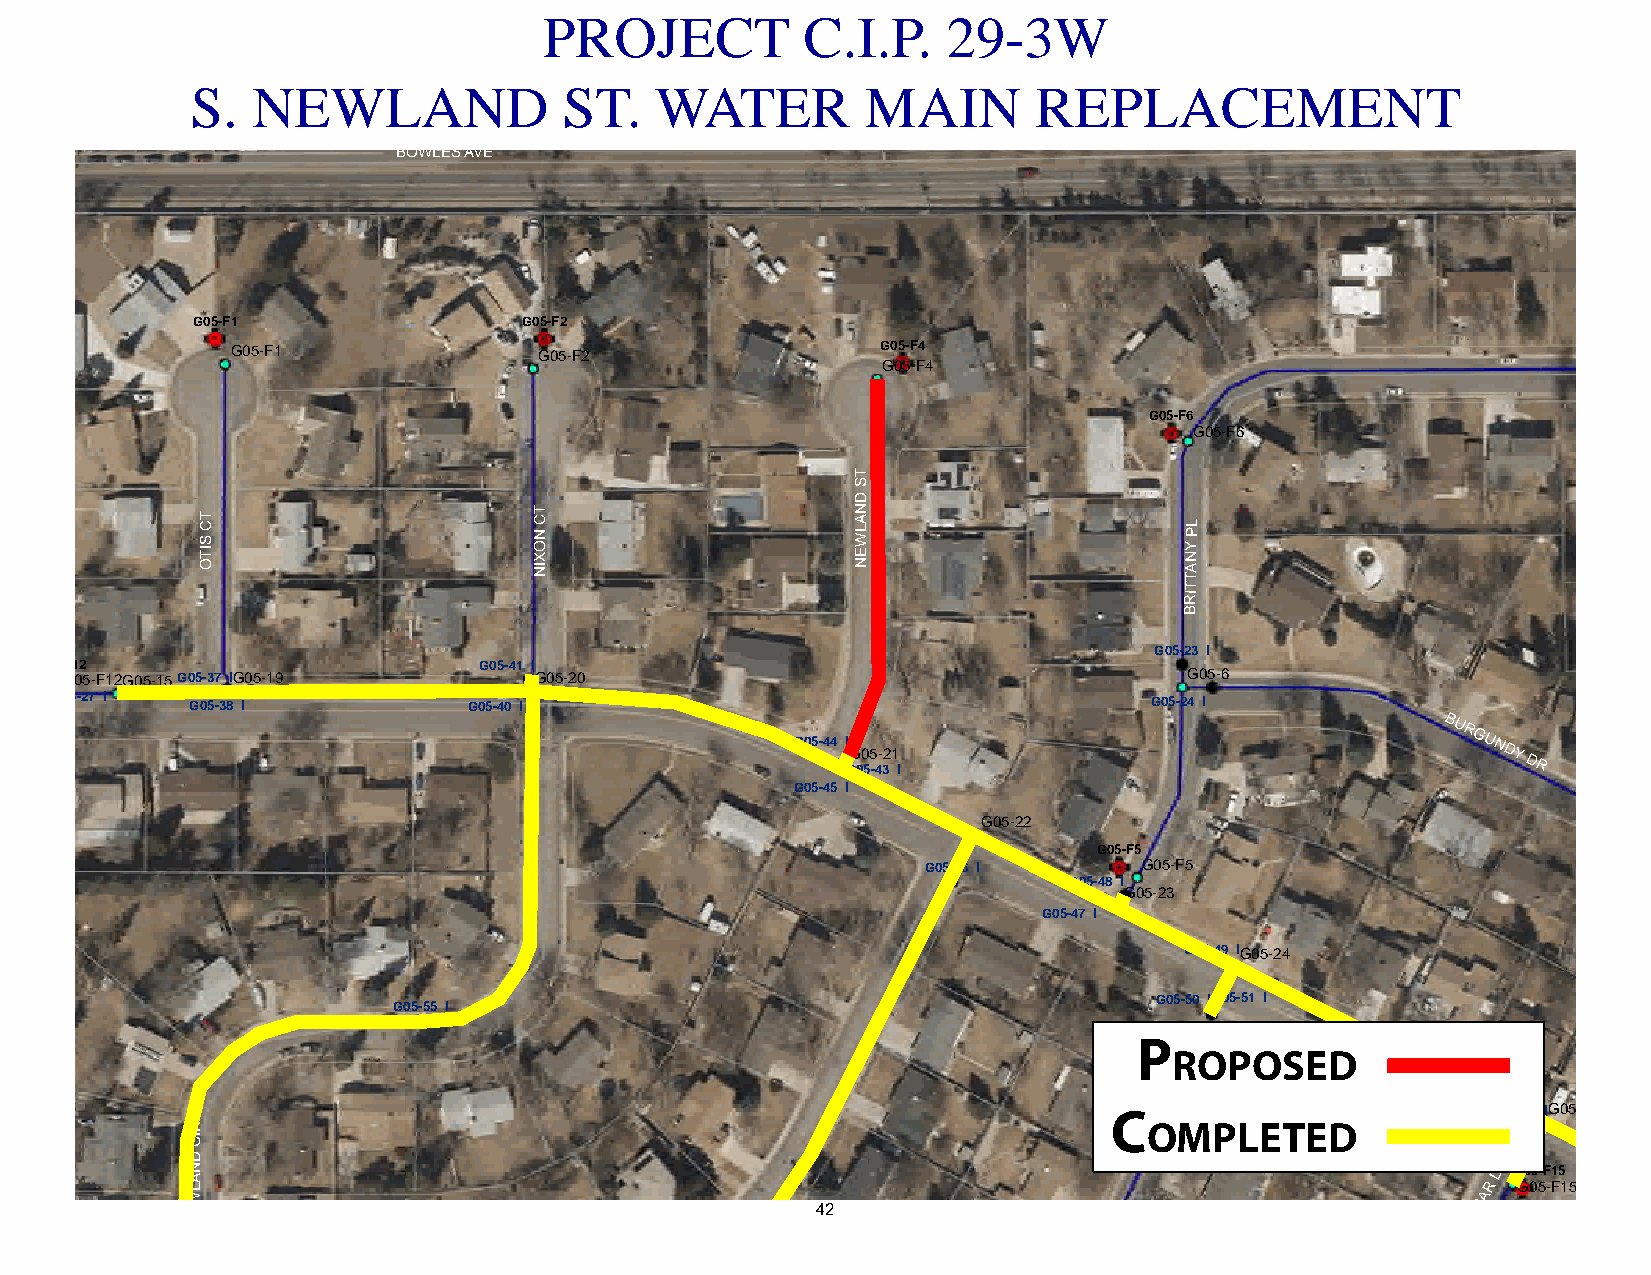
PROJECT          C.I.P.    29-3W
 S.  NEWLAND             ST.   WATER         MAIN        REPLACEMENT
 ID
 A
 P
 L
 BOWLES AVE
 G05-F1                G05-F2
 G05-F1               G05-F2                G05-F4
 G05-F4
 G05-F6
 G05-F6
 T
 S
 D
 N T C S IT
 O
 A L W E
 N
 ANY PL
 T
 T
 RI
 B
 G05-23 I
 G05-F12                       G05-41 I
 H05-1G05-F12G05-15G05-37 IG05-19  G05-20                                      G05-6
 G05-27 I  G05-38 I LEAWOOD DR G05-40 IG05-39 I                           G05-24 I
 H05-1 I
 G05-44 I
 GG 00 55 -4- 32 1
 I
 BURGUNDY
 DR
 G05-45 I
 G05-22
 G05-F5
 G05-46 I       G05-F5
 G05-48 I
 G05-23
 G05-47 I
 G05-49 IG05-24
 G05-50 IG05-51 I
 G05-55 I
 P
 ROPOSED
 R
 D
 L
 C   AL                    G05-53 IG05-25
 R                                                              OH MPLETED
 CI                                                             RS                    G05-52 I
 LAND                                                          MA
 R
 DR
 G G0 05 5-F -1 F5
 15
 W                                                                                    A
 E                                        42                                         AM
 N                                                                                   L
 G05-56 I
 TC NOXIN